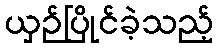
ယှဉ်ပြိုင်ခဲ့သည့်